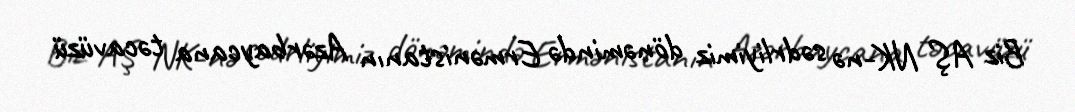
Biz AŞ NK-nə sədrliyimiz dönəmində Ermənistanın Azərbaycana təcavüzü